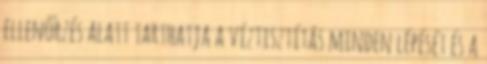
ellenőrzés alatt tarthatja a víztisztítás minden lépését és a